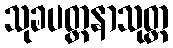
သုခပတ္ထနာသုတ္တ